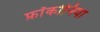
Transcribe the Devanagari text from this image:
फ्रॉंकोनिया